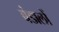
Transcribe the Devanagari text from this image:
बंडालों